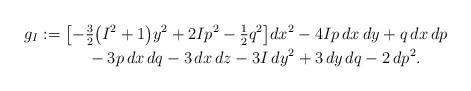
LaTeX: \begin{gather*}g_I := \left[-\tfrac{3}{2} \big(I^2 + 1\big) y^2 + 2 I p^2 - \tfrac{1}{2} q^2\right] \! dx^2 - 4 I p \,dx \,dy + q \,dx \,dp \\\hphantom{g_I :=}{}- 3 p \,dx \,dq - 3 \,dx \,dz - 3 I \,dy^2 + 3 \,dy \,dq - 2 \,dp^2 .\end{gather*}